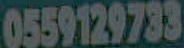
0559129733